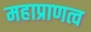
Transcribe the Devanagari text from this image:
महाप्राणत्व